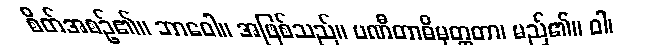
စိတ်အစဉ်၏။ ဘာဝေါ။ အဖြစ်သည်။ ပဏီတာဓိမုတ္တတာ၊ မည်၏။ ဝါ၊